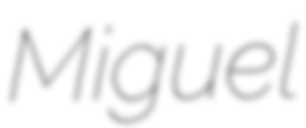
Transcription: Miguel